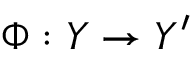
\Phi : Y \to Y ^ { \prime }